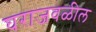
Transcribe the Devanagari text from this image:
घराजवळील